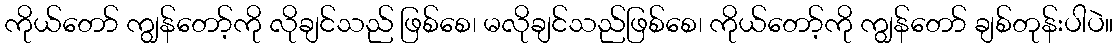
ကိုယ်တော် ကျွန်တော့်ကို လိုချင်သည် ဖြစ်စေ၊ မလိုချင်သည်ဖြစ်စေ၊ ကိုယ်တော့်ကို ကျွန်တော် ချစ်တုန်းပါပဲ။